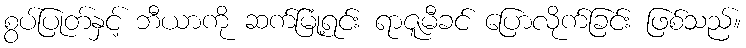
စွပ်ပြုတ်နှင့် ဘီယာကို ဆက်မြုံ့ရင်း ရာဇူမီခင် ပြောလိုက်ခြင်း ဖြစ်သည်။